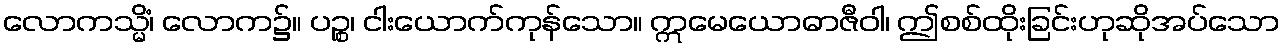
လောကသ္မိံ၊ လောက၌။ ပဉ္စ၊ ငါးယောက်ကုန်သော။ ဣမေယောဓာဇီဝါ၊ ဤစစ်ထိုးခြင်းဟုဆိုအပ်သော